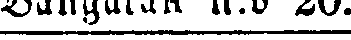
Bangatan n:o 20.